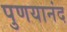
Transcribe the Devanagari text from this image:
पुणयानंद